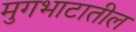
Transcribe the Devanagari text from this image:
मुगभाटातील